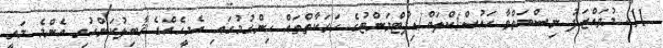
11. މުވައްޒަފު ނިސްބަތްވާ ހައުސް/ކްލަބް/ޑިޕާޓްމަންޓުގެ ހަރަކާތްތައް ހިންގުމުގައި އެމީހެއްގެ ޤާބިލުކަންހުރި އެންމެ މަތީ